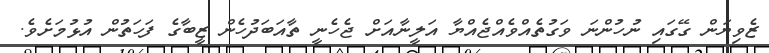
ޒެވިޔަން ގޭގައި ނުހުންނަ ވަގުތެއްވެއްޖެއްޔާ އަލީނާއަށް ޖެހެނީ ތާއަބަދުހެން ޒީބާގެ ފަހަތުން އުޅުމަށެވެ.